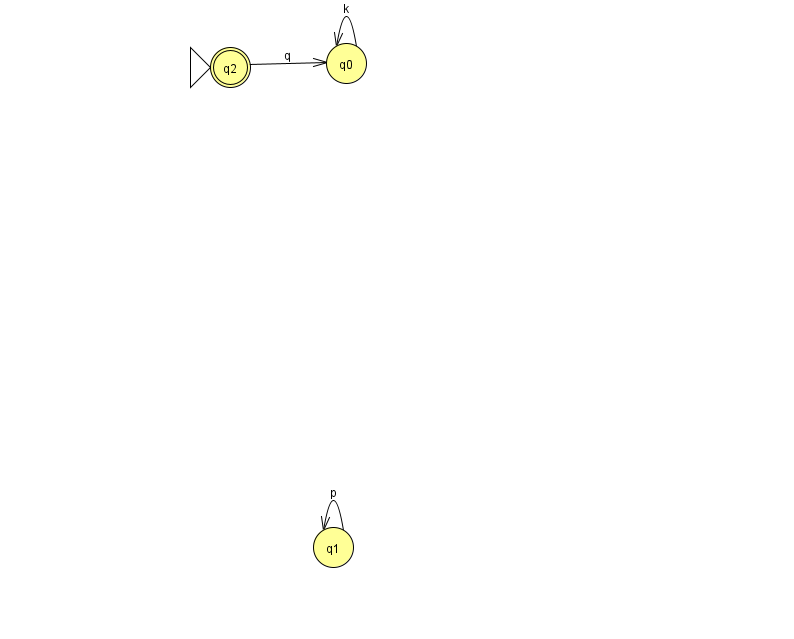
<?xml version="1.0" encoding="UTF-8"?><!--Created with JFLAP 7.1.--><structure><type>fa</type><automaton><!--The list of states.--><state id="0" name="q0"><x>346.0</x><y>50.0</y></state><state id="1" name="q1"><x>333.0</x><y>534.0</y></state><state id="2" name="q2"><x>230.0</x><y>54.0</y><initial/><final/></state><!--The list of transitions.--><transition><from>1</from><to>1</to><read>p</read></transition><transition><from>0</from><to>0</to><read>k</read></transition><transition><from>2</from><to>0</to><read>q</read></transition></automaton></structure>